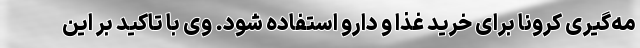
مه‌گیری کرونا برای خرید غذا و دارو استفاده شود. وی با تاکید بر این